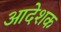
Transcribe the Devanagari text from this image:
आदेशक